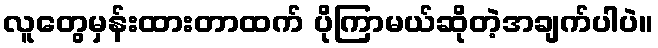
လူတွေမှန်းထားတာထက် ပိုကြာမယ်ဆိုတဲ့အချက်ပါပဲ။